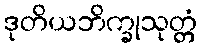
ဒုတိယဘိက္ခုသုတ္တံ